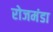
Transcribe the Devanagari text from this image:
रोजमंडा